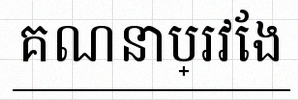
គណនាប្រវែង